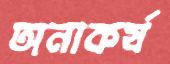
অনাকর্ষ